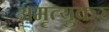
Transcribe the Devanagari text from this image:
अमृत्युकर